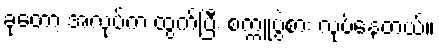
ခုတော့ အလုပ်က ထွက်ပြီး စက္ကူပွဲစား လုပ်နေတယ်။